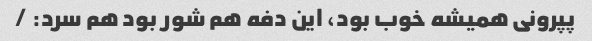
پپرونی همیشه خوب بود، این دفه هم شور بود هم سرد: /